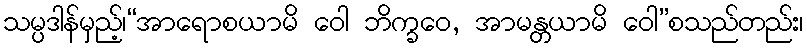
သမ္ပဒါန်မှည့်၊“အာရောစယာမိ ဝေါ ဘိက္ခဝေ, အာမန္တယာမိ ဝေါ”စသည်တည်း၊